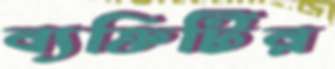
ব্যক্তিটির